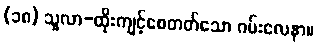
(၁၈) သူလာ-ထိုးကျင့်စေတတ်သော ဂမ်းလေနာ။